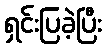
ရှင်းပြခဲ့ပြီး